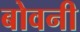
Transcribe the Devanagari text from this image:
बोवनी